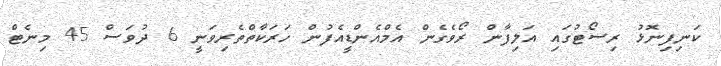
ކަނިފިނޮޅު ރިސޯޓުގައި އަލިފާން ރޯވެގެން އެމްއެންޑީއެފުން ހަރަކާތްތެރިވަނީ 6 ދުވަސް 45 މިނެޓް